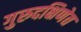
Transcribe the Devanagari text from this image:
गुरुदक्षिणेत